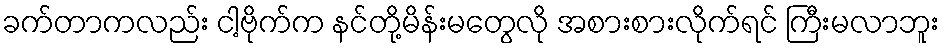
ခက်တာကလည်း ငါ့ဗိုက်က နင်တို့မိန်းမတွေလို အစားစားလိုက်ရင် ကြီးမလာဘူး